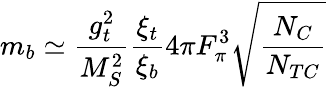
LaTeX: m_{b}\simeq{\frac{g_{t}^{2}}{M_{S}^{2}}}{\frac{\xi_{t}}{\xi_{b}}}4\pi F_{\pi}^{3}\sqrt{{\frac{N_{C}}{N_{TC}}}}